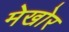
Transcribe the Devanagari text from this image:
मेखोर